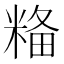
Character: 𥺢